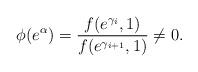
LaTeX: \begin{align*}\phi(e^{\alpha})=\frac{f(e^{\gamma_{i}},1)}{f(e^{\gamma_{i+1}},1)}\not =0.\end{align*}